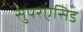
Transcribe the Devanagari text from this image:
सुपरएसिड